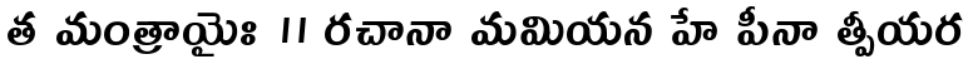
త మంత్రాయైః ॥ రచానా మమియన హే పీనా త్పీయర